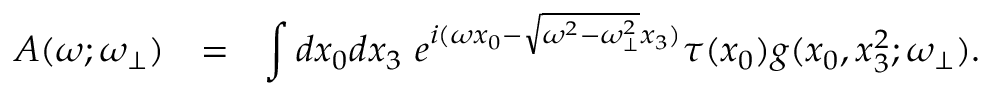
\begin{array} { r c l } { { { \cal A } ( \omega ; \omega _ { \bot } ) } } & { { = } } & { { \displaystyle \int d x _ { 0 } d x _ { 3 } ~ e ^ { i ( \omega x _ { 0 } - \sqrt { \omega ^ { 2 } - \omega _ { \bot } ^ { 2 } } x _ { 3 } ) } \tau ( x _ { 0 } ) g ( x _ { 0 } , x _ { 3 } ^ { 2 } ; \omega _ { \bot } ) . } } \end{array}